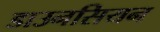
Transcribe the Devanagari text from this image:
डाउनसियन